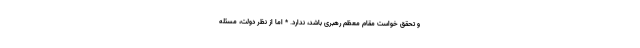
و تحقق خواست مقام معظم رهبری باشد، ندارد. * اما از نظر دولت، مسئله